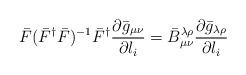
LaTeX: \begin{align*}\bar{F}(\bar{F}^{\dag}\bar{F})^{-1} \bar{F}^{\dag} \frac{\partial\bar{g}_{\mu \nu}}{\partial l_{i}}= \bar{B}^{\lambda\rho}_{\mu\nu}\frac{\partial \bar{g}_{\lambda \rho}}{\partial l_{i}}\end{align*}